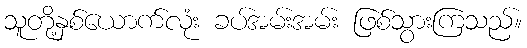
သူတို့နှစ်ယောက်လုံး ခပ်အမ်းအမ်း ဖြစ်သွားကြသည်။